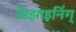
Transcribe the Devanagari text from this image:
डिझाइनिंग्